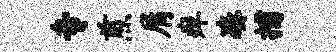
专煎屑痒凑捕